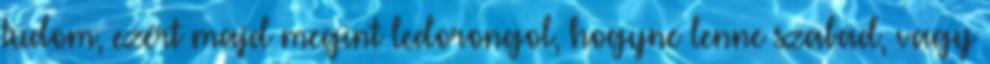
tudom, ezért majd megint ledorongol, hogyne lenne szabad, vagy